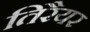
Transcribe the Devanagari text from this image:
तिरैयर